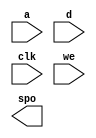
module dist_mem_gen_v7_2(
  a,
  d,
  clk,
  we,
  spo
);

input [10 : 0] a;
input [16 : 0] d;
input clk;
input we;
output [16 : 0] spo;

// synthesis translate_off

  DIST_MEM_GEN_V7_2 #(
    .C_ADDR_WIDTH(11),
    .C_DEFAULT_DATA("0"),
    .C_DEPTH(2048),
    .C_FAMILY("spartan6"),
    .C_HAS_CLK(1),
    .C_HAS_D(1),
    .C_HAS_DPO(0),
    .C_HAS_DPRA(0),
    .C_HAS_I_CE(0),
    .C_HAS_QDPO(0),
    .C_HAS_QDPO_CE(0),
    .C_HAS_QDPO_CLK(0),
    .C_HAS_QDPO_RST(0),
    .C_HAS_QDPO_SRST(0),
    .C_HAS_QSPO(0),
    .C_HAS_QSPO_CE(0),
    .C_HAS_QSPO_RST(0),
    .C_HAS_QSPO_SRST(0),
    .C_HAS_SPO(1),
    .C_HAS_SPRA(0),
    .C_HAS_WE(1),
    .C_MEM_INIT_FILE("dist_mem_gen_v7_2.mif"),
    .C_MEM_TYPE(1),
    .C_PARSER_TYPE(1),
    .C_PIPELINE_STAGES(0),
    .C_QCE_JOINED(0),
    .C_QUALIFY_WE(0),
    .C_READ_MIF(1),
    .C_REG_A_D_INPUTS(0),
    .C_REG_DPRA_INPUT(0),
    .C_SYNC_ENABLE(1),
    .C_WIDTH(17)
  )
  inst (
    .A(a),
    .D(d),
    .CLK(clk),
    .WE(we),
    .SPO(spo),
    .DPRA(),
    .SPRA(),
    .I_CE(),
    .QSPO_CE(),
    .QDPO_CE(),
    .QDPO_CLK(),
    .QSPO_RST(),
    .QDPO_RST(),
    .QSPO_SRST(),
    .QDPO_SRST(),
    .DPO(),
    .QSPO(),
    .QDPO()
  );

// synthesis translate_on

endmodule